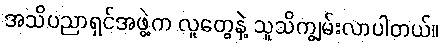
အသိပညာရှင်အဖွဲ့က လူတွေနဲ့ သူသိကျွမ်းလာပါတယ်။